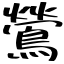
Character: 鶯